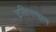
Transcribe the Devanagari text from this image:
टलिसमान